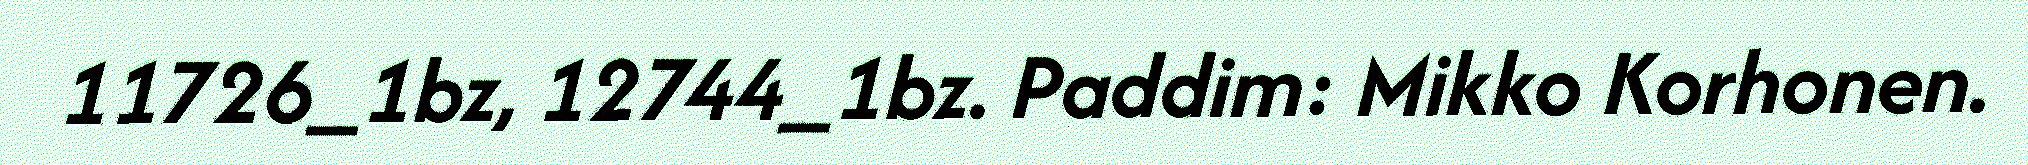
11726_1bz, 12744_1bz. Paddim: Mikko Korhonen.